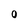
Character: 0